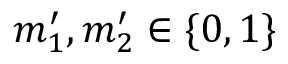
m _ { 1 } ^ { \prime } , m _ { 2 } ^ { \prime } \in \{ 0 , 1 \}